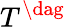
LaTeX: T^{\dag}